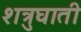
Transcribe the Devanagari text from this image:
शत्रुघाती